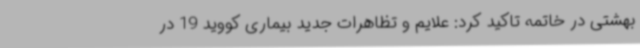
بهشتی در خاتمه تاکید کرد: علایم و تظاهرات جدید بیماری کووید 19 در